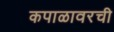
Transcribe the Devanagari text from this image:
कपाळावरची